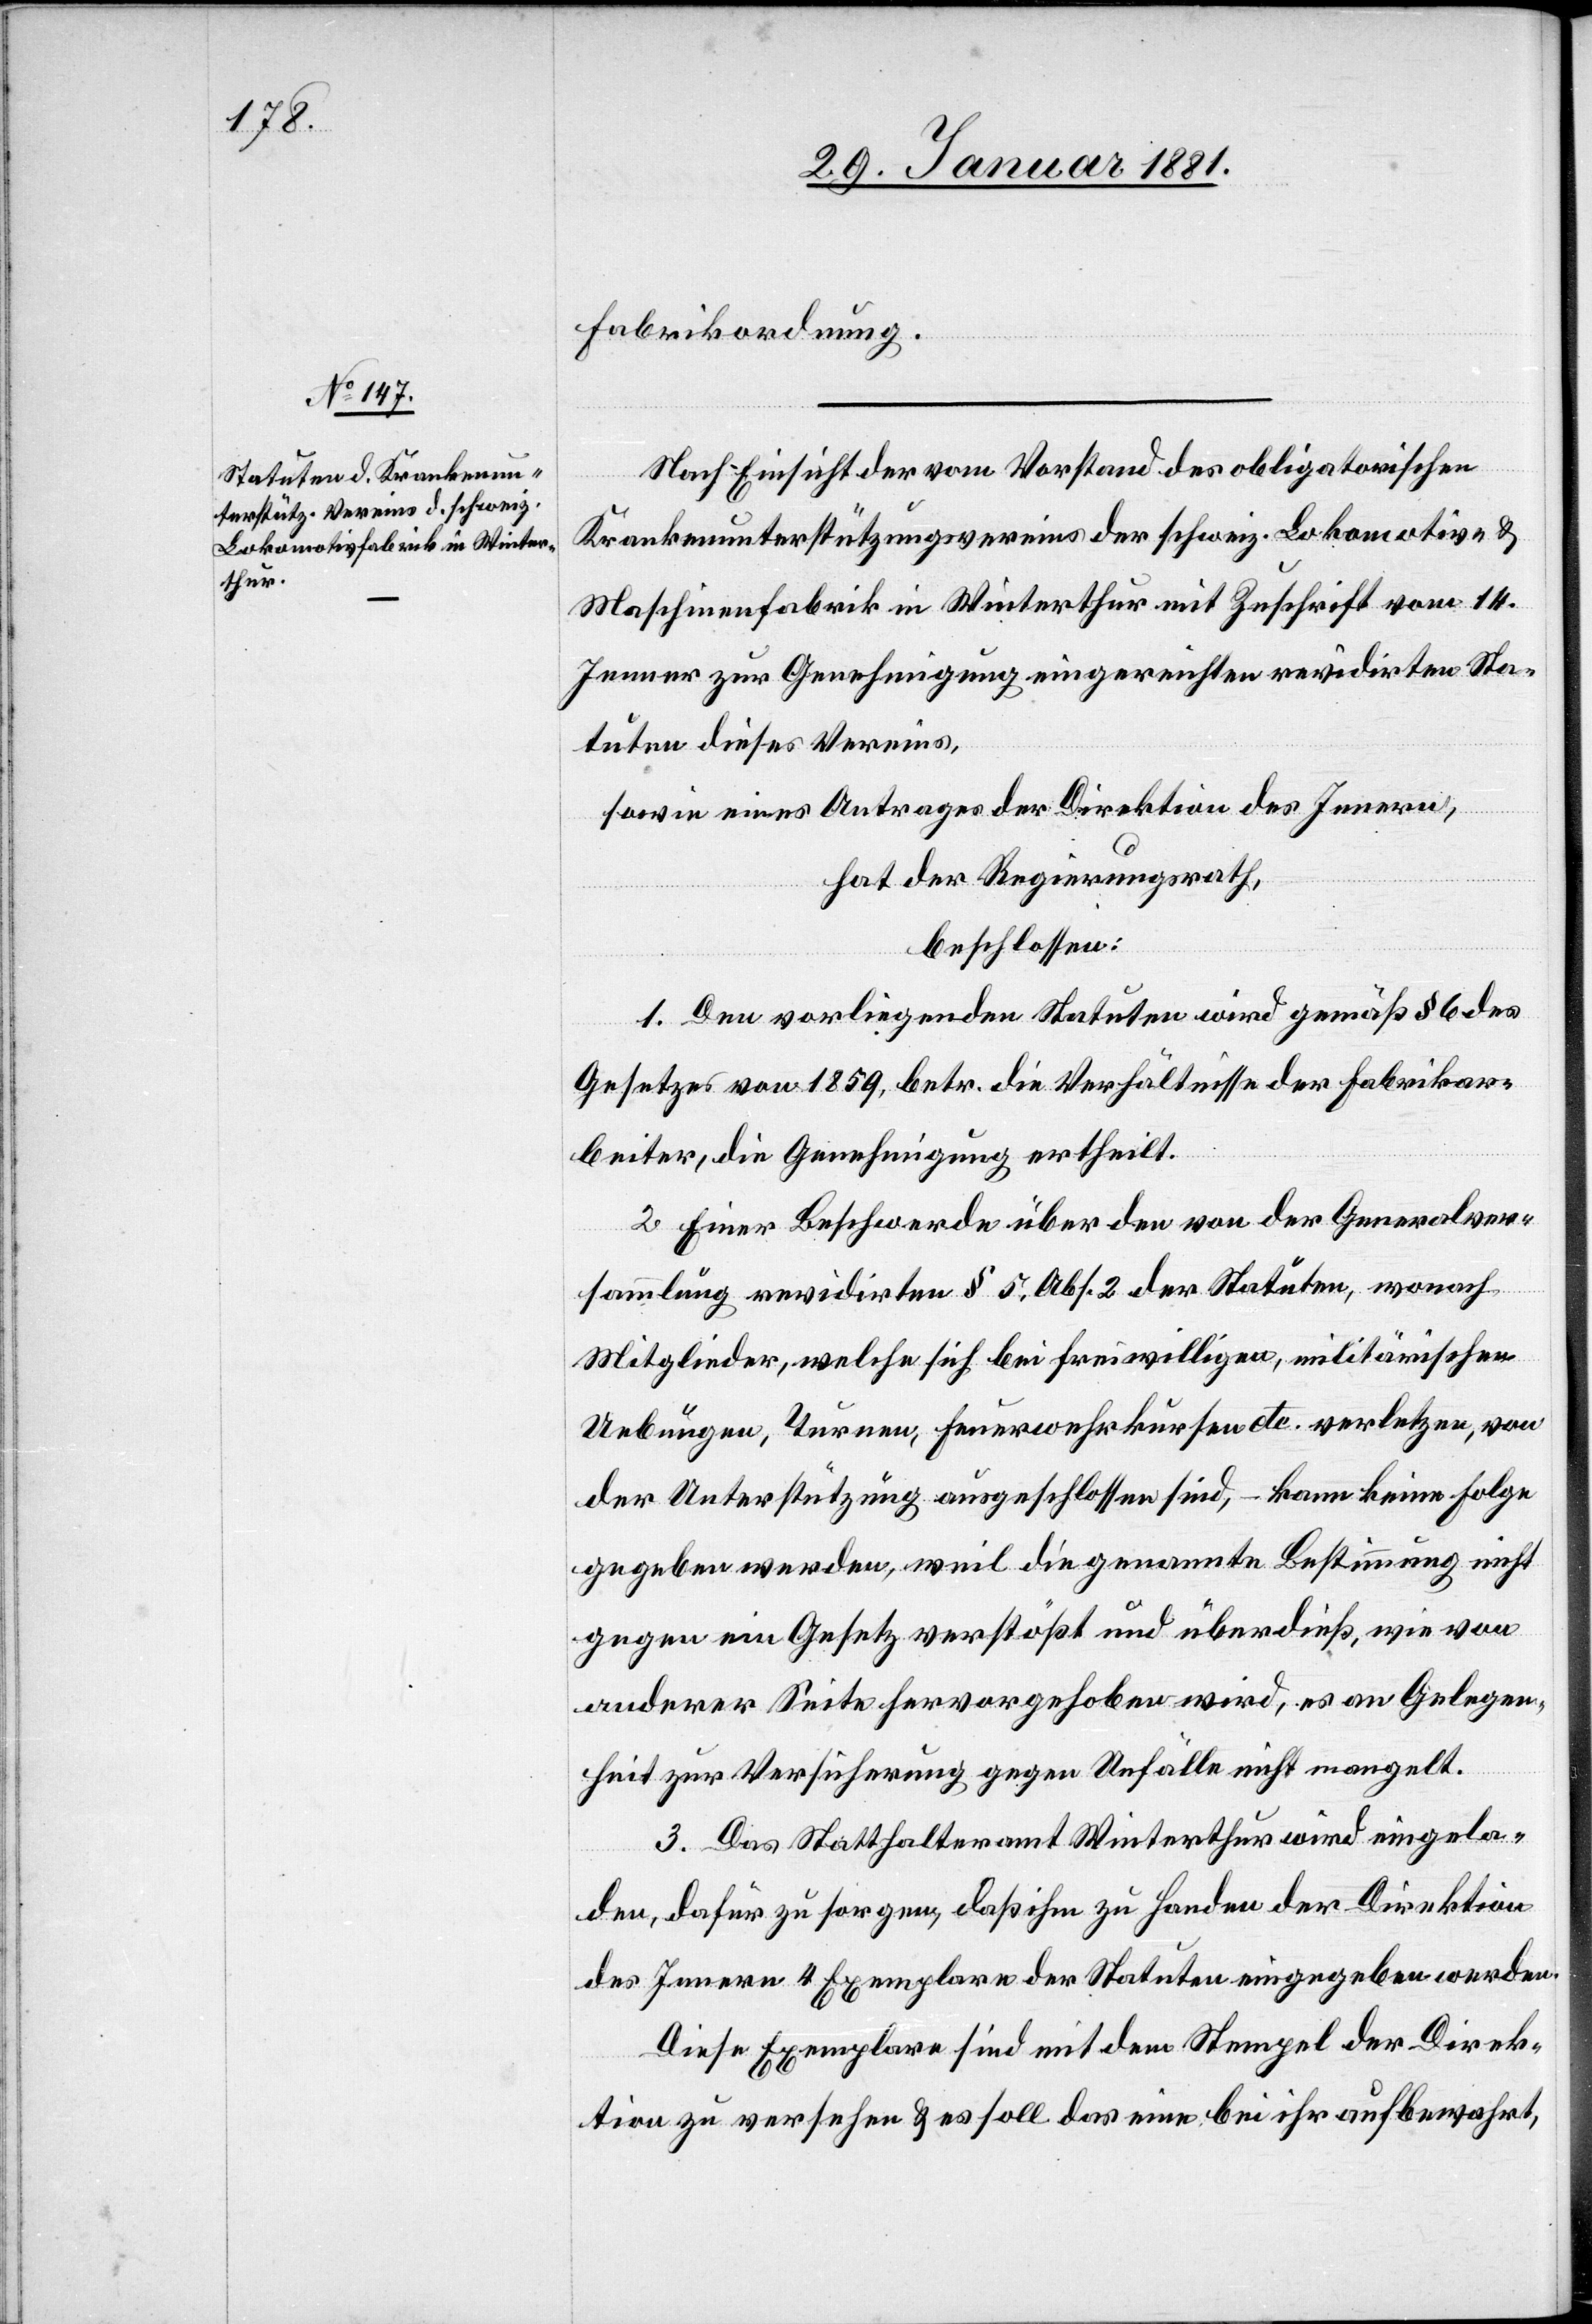
Fabrikordnung.
Nach Einsicht der vom Vorstand der obligatorischen
Krankenunterstützungsvereins der schweiz. Lokomotiv- &
Maschinenfabrik in Winterthur mit Zuschrift vom 14.
Jenner zur Genehmigung eingereichten revidirten Sta¬
tuten dieses Vereins,
sowie eines Antrages der Direktion des Innern,
hat der Regierungsrath,
beschlossen:
1. Den vorliegenden Statuten wird gemäß § 6 des
Gesetzes von 1859, betr. die Verhältnisse der Fabrikar¬
beiter, die Genehmigung ertheilt.
2. Einer Beschwerde über den von der Generalver¬
sammlung revidirten § 5, Abs. 2 der Statuten, wonach
Mitglieder, welche sich bei freiwilligen, militärischen
Uebungen, Turnen, Feuerwehrkursen etc. verletzen, von
der Unterstützung ausgeschlossen sind, – kann eine Folge
gegeben werden, weil die genannte Bestimmung nicht
gegen ein Gesetz verstößt und überdieß, wie von
anderer Seite hervorgehoben wird, es an Gelegen¬
heit zur Versicherung gegen Unfälle nicht mangelt.
3. Das Statthalteramt Winterthur wird eingela¬
den, dafür zu sorgen, daß ihm zu Handen der Direktion
des Innern 4 Exemplare der Statuten eingegeben werden.
Diese Exemplare sind mit dem Stempel der Direk¬
tion zu versehen & es soll das eine bei ihr aufbewahrt,